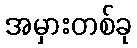
အမှားတစ်ခု